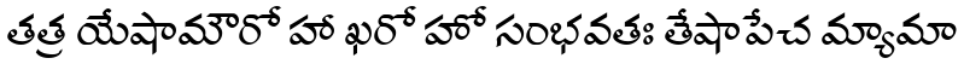
తత్ర యేషామౌరో హా ఖరో హో సంభవతః తేషాపేచ మ్యామా